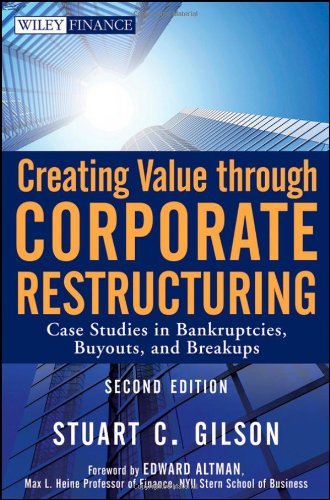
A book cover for Creating Value Through Corporate Restructuring: Case Studies in Bankruptcies, Buyouts, and Breakups; Stuart C. Gilson; Business & Money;